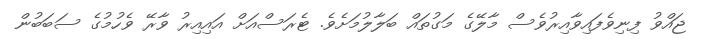
ޖައްވު ފިނިވެފައިވާއިރުވެސް މާލޭގެ މަގުތައް ބަލާލުމަށެވެ. ޓެރަސްއަށް އައިއިރު ވާރޭ ވެހުމުގެ ސަބަބުން